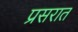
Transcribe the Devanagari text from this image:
प्रसरात